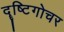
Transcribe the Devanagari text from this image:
दॄष्टिगोचर